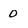
Character: 0